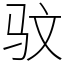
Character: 𫘜